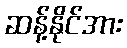
ဆန့်နိုင်အား